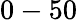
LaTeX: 0-50